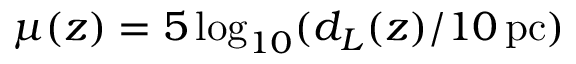
\mu ( z ) = 5 \log _ { 1 0 } ( d _ { L } ( z ) / 1 0 \mathrm { \, p c } )